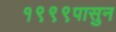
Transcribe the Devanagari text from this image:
१९९९पासुन